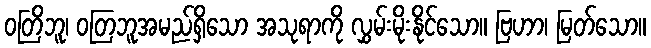
ဝတြိဘူ၊ ဝတြဘူအမည်ရှိသော အသုရာကို လွှမ်းမိုးနိုင်သော။ ဗြဟာ၊ မြတ်သော။